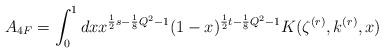
LaTeX: \begin{align*}A_{4F}=\int _{0}^{1}dx x^{\frac{1}{2}s-\frac{1}{8}Q^2-1}(1-x)^{\frac{1}{2}t-\frac{1}{8}Q^2-1}K(\zeta ^{(r)},k^{(r)},x)\end{align*}